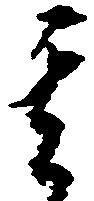
其